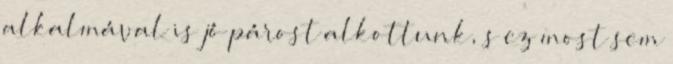
alkalmával is jó párost alkottunk, s ez most sem